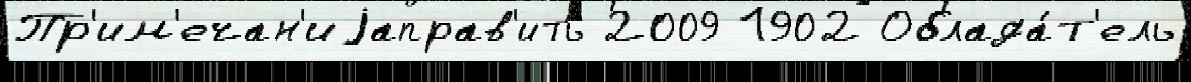
Пр'им'ечан'иjаправ'ить 2009 1902 Облада́т'ель